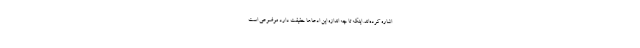
اشاره کرده‌اند. اینکه تا چه اندازه این ادعاها حقیقت دارد موضوعی است